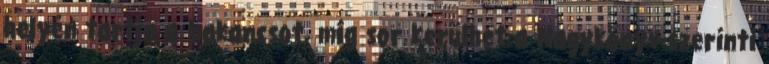
helyén tartja a bakancsot, míg sor kerülhet a Nagykönyv-szerinti